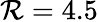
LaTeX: \mathcal{R}=4.5